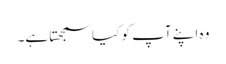
وہ اپنے آپ کو کیا سمجھتا ہے۔